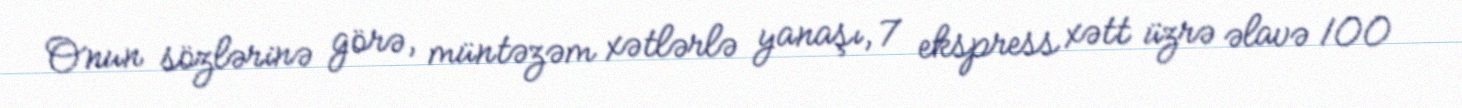
Onun sözlərinə görə, müntəzəm xətlərlə yanaşı, 7 ekspress xətt üzrə əlavə 100